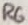
Text: R6